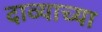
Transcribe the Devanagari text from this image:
दाव्याच्या